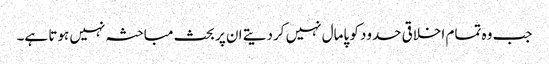
جب وہ تمام اخلاقی حدود کو پامال نہیں کردیتے ان پر بحث مباحثہ نہیں ہوتا ہے۔